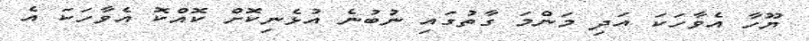
ޔޫހާ އެވާހަކަ އަދި މަންމަ ގާތުގައި ނުބުނެ އުޅެނިކޮށް ކޮއްކޮ އެވާހަކަ އެ